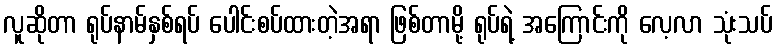
လူဆိုတာ ရုပ်နာမ်နှစ်ရပ် ပေါင်းစပ်ထားတဲ့အရာ ဖြစ်တာမို့ ရုပ်ရဲ့ အကြောင်းကို လေ့လာ သုံးသပ်